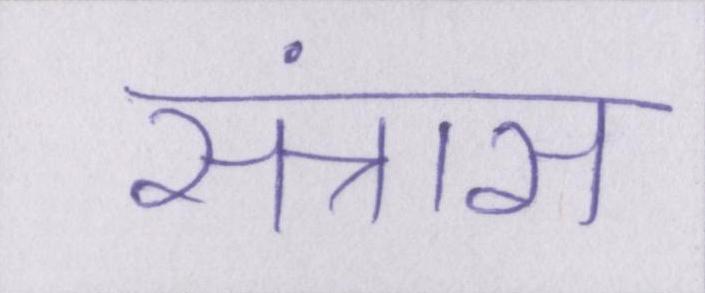
संत्रास